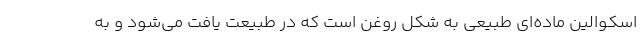
اسکوالین ماده‌ای طبیعی به شکل روغن است که در طبیعت یافت می‌شود و به